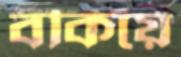
বকিয়ে